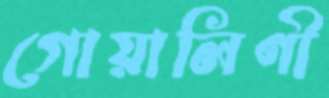
গোয়ালিণী